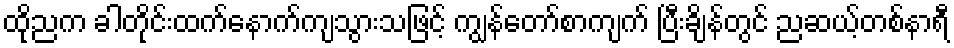
ထိုညက ခါတိုင်းထက်နောက်ကျသွားသဖြင့် ကျွန်တော်စာကျက် ပြီးချိန်တွင် ညဆယ့်တစ်နာရီ